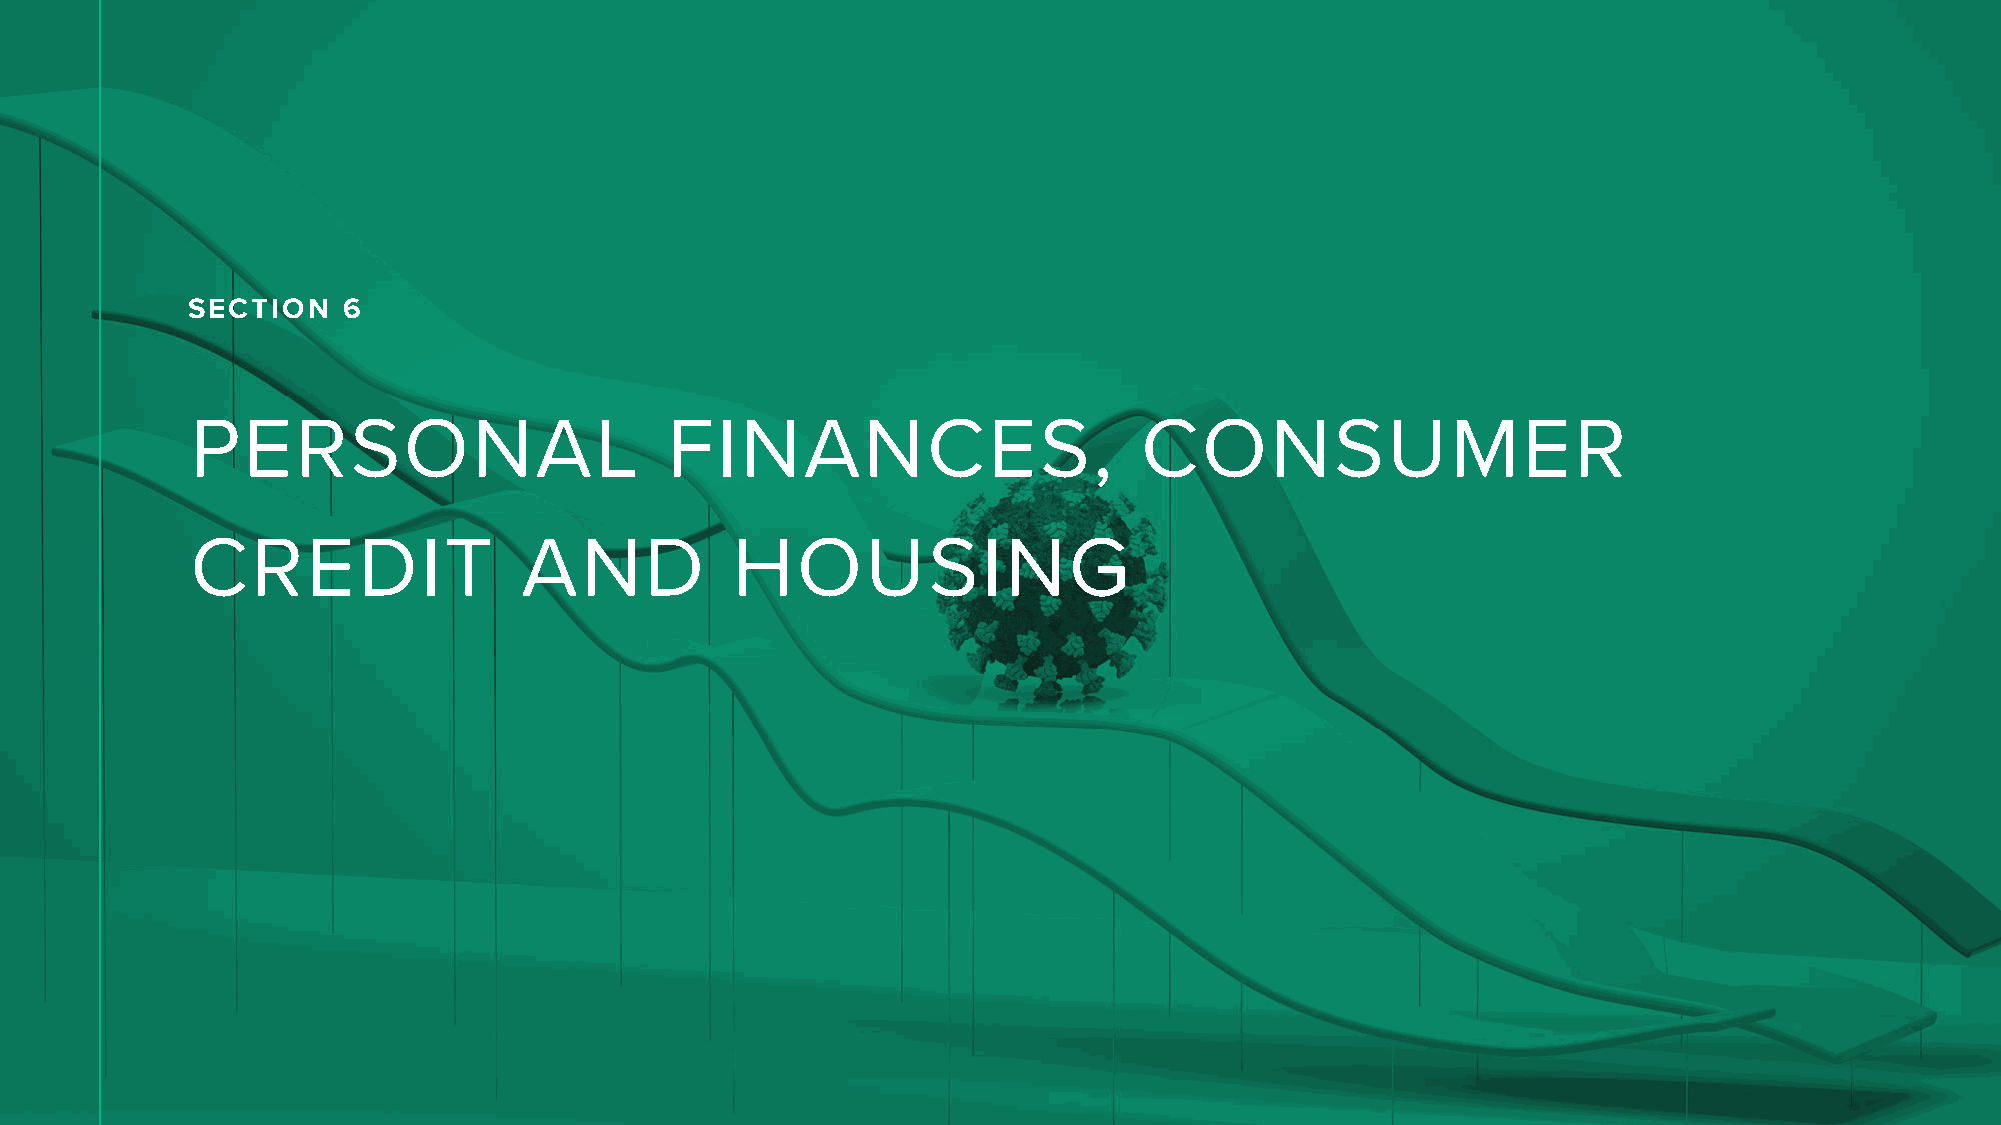
SECTION    6
 PERSONAL                       FINANCES,                      CONSUMER
 CREDIT                AND          HOUSING